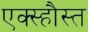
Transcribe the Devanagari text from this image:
एक्स्हौस्त